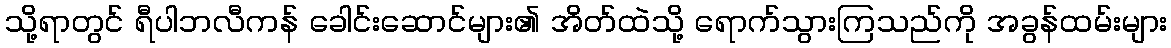
သို့ရာတွင် ရီပါဘလီကန် ခေါင်းဆောင်များ၏ အိတ်ထဲသို့ ရောက်သွားကြသည်ကို အခွန်ထမ်းများ